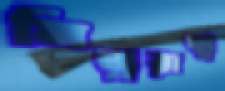
মিত্ররাষ্ট্র